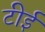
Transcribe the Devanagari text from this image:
टीई